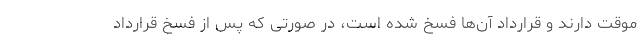
موقت دارند و قرارداد آن‌ها فسخ شده است، در صورتی که پس از فسخ قرارداد